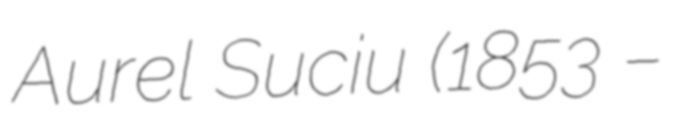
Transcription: Aurel Suciu (1853 –